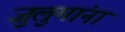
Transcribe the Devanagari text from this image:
जुलुमांना